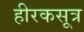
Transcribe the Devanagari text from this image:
हीरकसूत्र